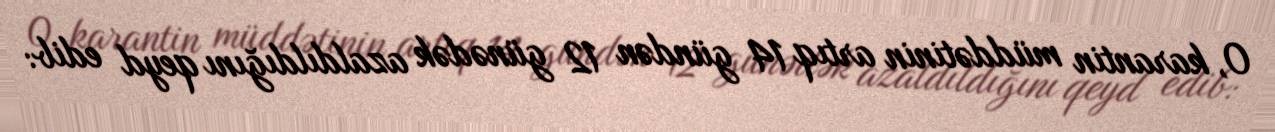
O, karantin müddətinin artıq 14 gündən 12 günədək azaldıldığını qeyd edib: